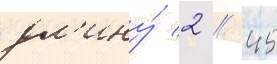
дл'ину́ 2 / 45